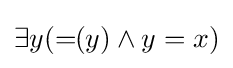
\exists y(=\!\!(y)\wedge y=x)